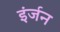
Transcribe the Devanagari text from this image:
इंर्जन